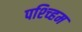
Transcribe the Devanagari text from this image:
पश्च्हिम